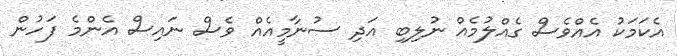
އެކަމަކު އެއްވެސް ގެއްލުމެއް ނުލިބި އަދި ސުނާމީއެއް ވެސް ނައިސް އެންމެ ފަހުން